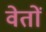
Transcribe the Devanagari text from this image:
वेतों